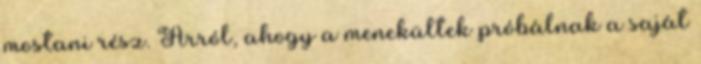
mostani rész. Arról, ahogy a menekültek próbálnak a saját